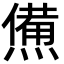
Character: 㷶